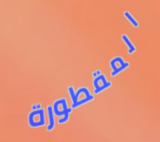
المقطورة